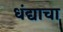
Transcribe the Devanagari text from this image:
धंद्याचा